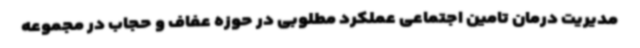
مدیریت درمان تامین اجتماعی عملکرد مطلوبی در حوزه عفاف و حجاب در مجموعه